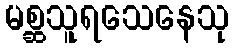
မစ္ဆသူရသေနေသု